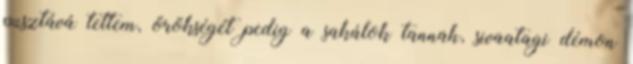
pusztává tettem, örökségét pedig a sakálok tannah, sivaatagi démon